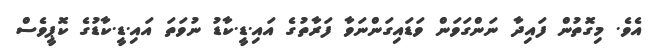
އެވެ. މިގޮތުން ފައިދާ ނަންގަވަން ވަޑައިގަންނަވާ ފަރާތުގެ އައި.ޑީ.ކާޑު ނުވަތަ އައި.ޑީ.ކާޑުގެ ކޮޕީވެސް